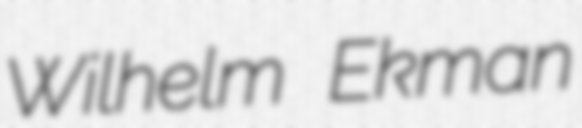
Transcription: Wilhelm Ekman